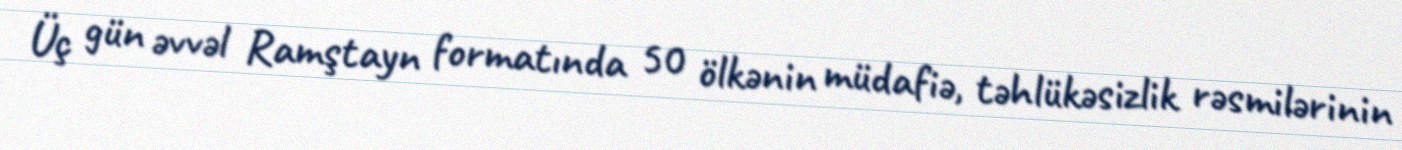
Üç gün əvvəl Ramştayn formatında 50 ölkənin müdafiə, təhlükəsizlik rəsmilərinin